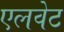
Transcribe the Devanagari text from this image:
एलवेट